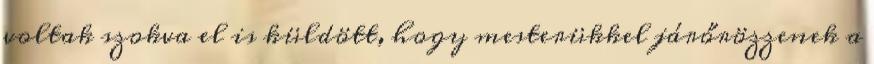
voltak szokva el is küldött, hogy mesterükkel járőrözzenek a